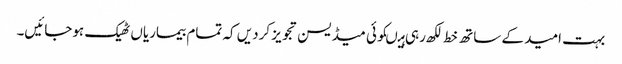
بہت امید کے ساتھ خط لکھ رہی ہیںکوئی میڈیسن تجویز کردیں کہ تمام بیماریاں ٹھیک ہوجائیں۔